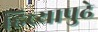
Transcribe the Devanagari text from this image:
हिच्यापुढे